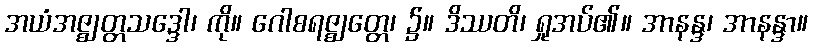
အယံအဇ္ဈတ္တသဒ္ဒေါ၊ ကို။ ဂေါစရဇ္ဈတ္တေ၊ ၌။ ဒိဿတိ၊ ရှုအပ်၏။ အာနန္ဒ၊ အာနန္ဒာ။